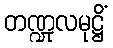
တဏ္ဍုလမုဋ္ဌိံ